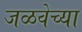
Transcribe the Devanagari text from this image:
जळवेच्या